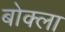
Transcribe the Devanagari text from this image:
बोक्ला